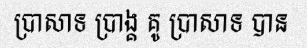
ប្រាសាទ ប្រាង្គ គូ ប្រាសាទ បាន